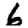
Digit: 6